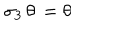
\sigma _ { 3 } \, \theta \, = \theta